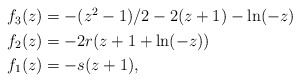
\begin{align*}\begin{aligned}f_3(z)&=-(z^2-1)/2-2(z+1)-\ln(-z)\\f_2(z)&=-2r(z+1+\ln(-z))\\f_1(z)&=-s(z+1),\end{aligned}\end{align*}